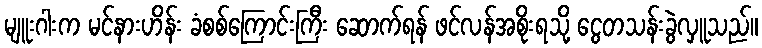
မျူးဂါးက မင်နားဟိန်း ခံစစ်ကြောင်းကြီး ဆောက်ရန် ဖင်လန်အစိုးရသို့ ငွေတသန်းခွဲလှူသည်။